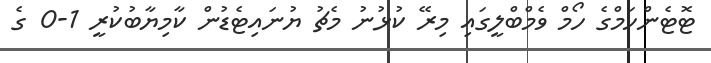
ޓޮޓެންހަމްގެ ހޯމް ވެމްބްލީގައި މިރޭ ކުޅުނު މެޗު ޔުނައިޓެޑުން ކާމިޔާބުކުރީ 1-0 ގެ